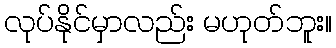
လုပ်နိုင်မှာလည်း မဟုတ်ဘူး။